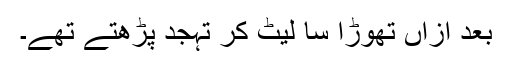
بعد ازاں تھوڑا سا لیٹ کر تہجّد پڑھتے تھے۔